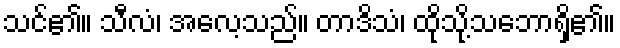
သင်၏။ သီလံ၊ အလေ့သည်။ တာဒိသံ၊ ထိုသို့သဘောရှိ၏။